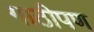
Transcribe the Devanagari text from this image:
गाठीपण